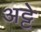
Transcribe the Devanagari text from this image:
अट्टे